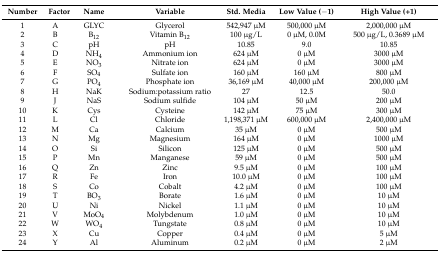
<table><thead><tr><td><b>Number</b></td><td><b>Factor</b></td><td><b>Name</b></td><td><b>Variable</b></td><td><b>Std. Media</b></td><td><b>Low Value (−1)</b></td><td><b>High Value (+1)</b></td></tr></thead><tbody><tr><td>1</td><td>A</td><td>GLYC</td><td>Glycerol</td><td>542,947 μM</td><td>500,000 μM</td><td>2,000,000 μM</td></tr><tr><td>2</td><td>B</td><td>B<sub>12</sub></td><td>Vitamin B<sub>12</sub></td><td>100 μg/L</td><td>0 μM, 0.0M</td><td>500 μg/L, 0.3689 μM</td></tr><tr><td>3</td><td>C</td><td>pH</td><td>pH</td><td>10.85</td><td>9.0</td><td>10.85</td></tr><tr><td>4</td><td>D</td><td>NH<sub>4</sub></td><td>Ammonium ion</td><td>624 μM</td><td>0 μM</td><td>3000 μM</td></tr><tr><td>5</td><td>E</td><td>NO<sub>3</sub></td><td>Nitrate ion</td><td>624 μM</td><td>0 μM</td><td>3000 μM</td></tr><tr><td>6</td><td>F</td><td>SO<sub>4</sub></td><td>Sulfate ion</td><td>160 μM</td><td>160 μM</td><td>800 μM</td></tr><tr><td>7</td><td>G</td><td>PO<sub>4</sub></td><td>Phosphate ion</td><td>36,169 μM</td><td>40,000 μM</td><td>200,000 μM</td></tr><tr><td>8</td><td>H</td><td>NaK</td><td>Sodium:potassium ratio</td><td>27</td><td>12.5</td><td>50.0</td></tr><tr><td>9</td><td>J</td><td>NaS</td><td>Sodium sulfide</td><td>104 μM</td><td>50 μM</td><td>200 μM</td></tr><tr><td>10</td><td>K</td><td>Cys</td><td>Cysteine</td><td>142 μM</td><td>75 μM</td><td>300 μM</td></tr><tr><td>11</td><td>L</td><td>Cl</td><td>Chloride</td><td>1,198,371 μM</td><td>600,000 μM</td><td>2,400,000 μM</td></tr><tr><td>12</td><td>M</td><td>Ca</td><td>Calcium</td><td>35 μM</td><td>0 μM</td><td>500 μM</td></tr><tr><td>13</td><td>N</td><td>Mg</td><td>Magnesium</td><td>164 μM</td><td>0 μM</td><td>1000 μM</td></tr><tr><td>14</td><td>O</td><td>Si</td><td>Silicon</td><td>125 μM</td><td>0 μM</td><td>500 μM</td></tr><tr><td>15</td><td>P</td><td>Mn</td><td>Manganese</td><td>59 μM</td><td>0 μM</td><td>500 μM</td></tr><tr><td>16</td><td>Q</td><td>Zn</td><td>Zinc</td><td>9.5 μM</td><td>0 μM</td><td>100 μM</td></tr><tr><td>17</td><td>R</td><td>Fe</td><td>Iron</td><td>10.0 μM</td><td>0 μM</td><td>100 μM</td></tr><tr><td>18</td><td>S</td><td>Co</td><td>Cobalt</td><td>4.2 μM</td><td>0 μM</td><td>100 μM</td></tr><tr><td>19</td><td>T</td><td>BO<sub>3</sub></td><td>Borate</td><td>1.6 μM</td><td>0 μM</td><td>10 μM</td></tr><tr><td>20</td><td>U</td><td>Ni</td><td>Nickel</td><td>1.1 μM</td><td>0 μM</td><td>10 μM</td></tr><tr><td>21</td><td>V</td><td>MoO<sub>4</sub></td><td>Molybdenum</td><td>1.0 μM</td><td>0 μM</td><td>10 μM</td></tr><tr><td>22</td><td>W</td><td>WO<sub>4</sub></td><td>Tungstate</td><td>0.8 μM</td><td>0 μM</td><td>10 μM</td></tr><tr><td>23</td><td>X</td><td>Cu</td><td>Copper</td><td>0.4 μM</td><td>0 μM</td><td>5 μM</td></tr><tr><td>24</td><td>Y</td><td>Al</td><td>Aluminum</td><td>0.2 μM</td><td>0 μM</td><td>2 μM</td></tr></tbody></table>